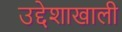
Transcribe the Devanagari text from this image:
उद्देशाखाली